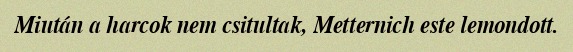
Miután a harcok nem csitultak, Metternich este lemondott.